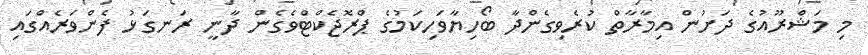
މި މަޝްރޫއުގެ ދަށުން އިމާރާތް ކުރެވިގެންދާ ބޯހިޔާވަހިކަމުގެ ޕްރޮޖެކްޓްވެގެން ދާނީ ރަނގަޅު ފެންވަރެއްގައި